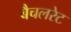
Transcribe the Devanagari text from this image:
बैचलरेट